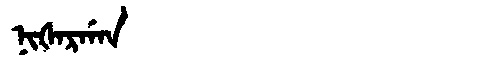
Manchu: ᠨᡳᡧᠠᡵᡤᠠᠨ
Romanization: NIŠARGAN